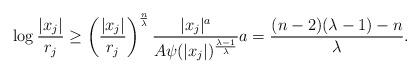
LaTeX: \begin{align*} \log \frac{|x_j|}{r_j} \ge \left(\frac{|x_j|}{r_j}\right)^{\frac{n}\lambda} \frac{|x_j|^a}{A\psi(|x_j|)^{\frac{\lambda-1}\lambda}} a = \frac{(n-2)(\lambda-1)-n}\lambda.\end{align*}